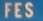
FES